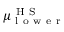
\mu _ { \mathrm { ~ l ~ o ~ w ~ e ~ r ~ } } ^ { \mathrm { ~ H ~ S ~ } }